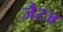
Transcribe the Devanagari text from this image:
जैरज